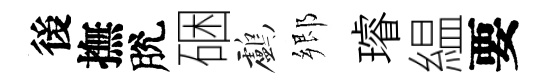
後撫脫硱鸕郷璿緼要